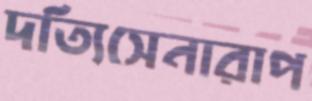
দত্যিসেনারাপ